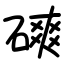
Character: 磢